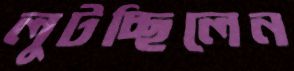
লুটচ্ছিলেন